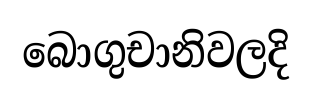
බොගුචානිවලදි